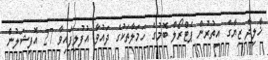
ޚާލިދާ ޒިޔާގެ އިތުރުން ޕެޓްރޯލް ބޮމުގެ ހަމަލާތަކުގެ ދައުވާ އުފުލިފައިވާ 27 އޮފިޝަލުން